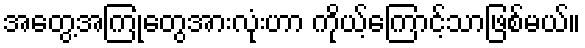
အတွေ့အကြုံတွေအားလုံးဟာ ကိုယ့်ကြောင့်သာဖြစ်မယ်။